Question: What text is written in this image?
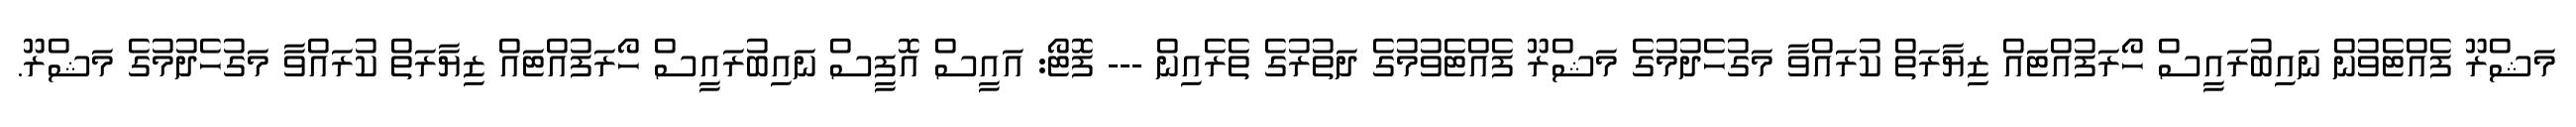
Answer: މަޝްރޫ ފެއްޓެވުން ނައިބުރައީސް ހޯރަފުއްޓައް ޒިޔާރަތް ކުރައްވާ މަގުހެދުމުގެ މަޝްރޫ ފެއްޓެވުމުގެ ދަތުރުގެ ތެރެއިން --- ފޮޓޯ: އައީސް އޮފީސް ނައިބުރައީސް ހޯރަފުއްޓައް ޒިޔާރަތް ކުރައްވާ މަގުހެދުމުގެ މަޝްރޫ.